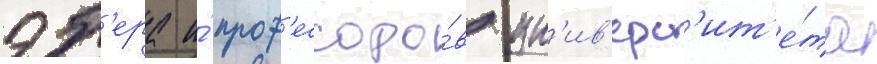
эб'ера и́ проф'ессоро́в ун'ив'ерс'ит'е́та